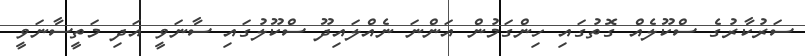
ސަރުކާރުގެ ސްކޫލެއް ގޮތުގައި ހިންގަމުން އަންނަ ނެއްލައިދޫ ސްކޫލުގައި ސާނަވީ އަދި މަތީސާނަވީ